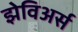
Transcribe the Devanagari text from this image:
झेविअर्स